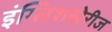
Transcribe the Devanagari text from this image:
इंग्लिशखेरीज